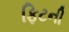
ફિટની